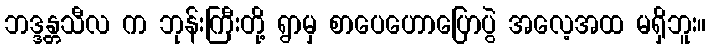
ဘဒ္ဒန္တသီလ က ဘုန်းကြီးတို့ ရွာမှ စာပေဟောပြောပွဲ အလေ့အထ မရှိဘူး။